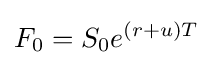
F_{0}=S_{0}e^{(r+u)T}